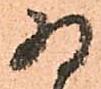
為